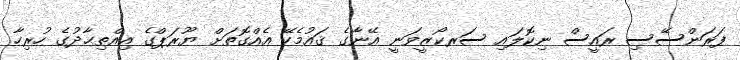
ފަރަންސޭސި ރައީސް ނިކޮލައި ސަރކޯޒީވަނީ އޭނާގެ ޤައުމެކޭ އެއްގޮތަށް ޔޫރަޕްގެ އިއްތިޙާދުގެ ހުރިހާ